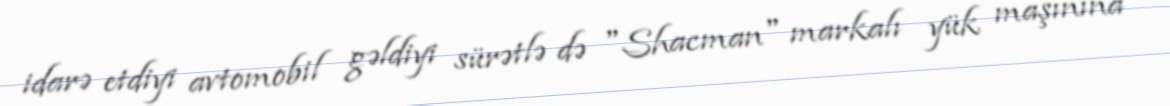
idarə etdiyi avtomobil gəldiyi sürətlə də "Shacman" markalı yük maşınına